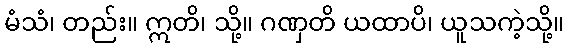
မံသံ၊ တည်း။ ဣတိ၊ သို့။ ဂဏှတိ ယထာပိ၊ ယူသကဲ့သို့။